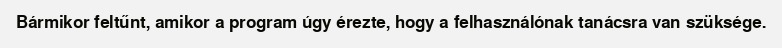
Bármikor feltűnt, amikor a program úgy érezte, hogy a felhasználónak tanácsra van szüksége.